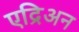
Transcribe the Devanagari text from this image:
एद्रिअन